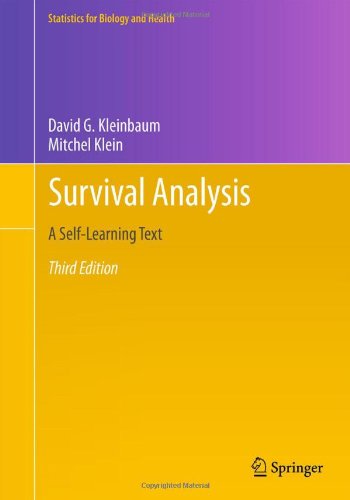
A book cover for Survival Analysis: A Self-Learning Text, Third Edition (Statistics for Biology and Health); David G. Kleinbaum; Medical Books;